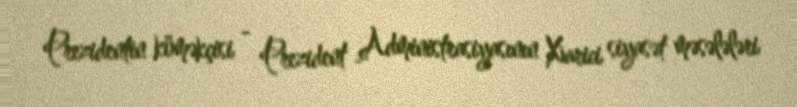
Prezidentin köməkçisi - Prezident Administrasiyasının Xarici siyasət məsələləri